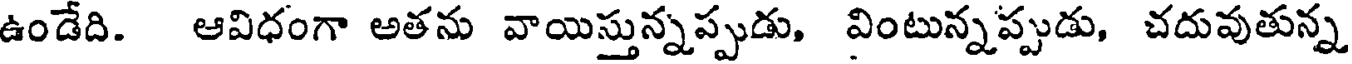
ఉండేది. ఆవిధంగా అతను వాయిస్తున్నప్పుడు, వింటున్నప్పుడు, చదువుతున్న